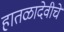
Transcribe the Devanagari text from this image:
हातळादेवीचे